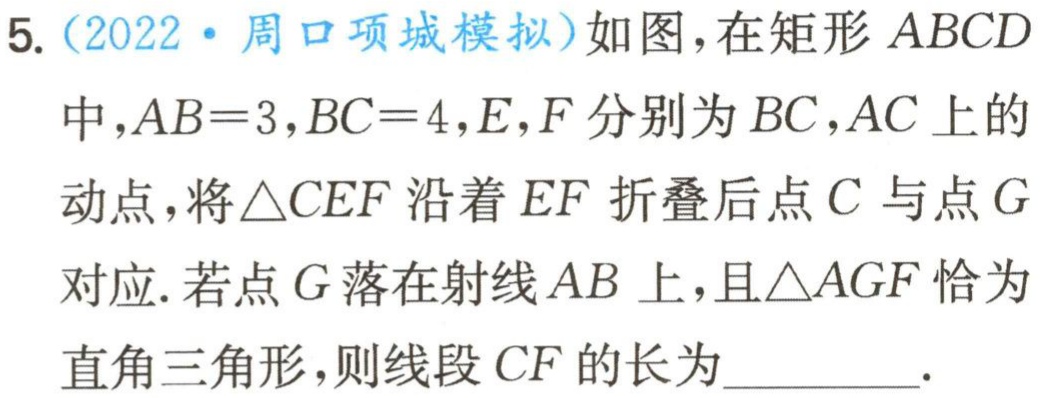
5.（2022·周口项城模拟）如图，在矩形 \(ABCD\) 中，\(AB = 3\)，\(BC = 4\)，\(E,F\) 分别为 \(BC,AC\) 上的动点，将 \(\triangle CEF\) 沿着 \(EF\) 折叠后点 \(C\) 与点 \(G\) 对应. 若点 \(G\) 落在射线 \(AB\) 上，且 \(\triangle AGF\) 恰为直角三角形，则线段 \(CF\) 的长为_________.